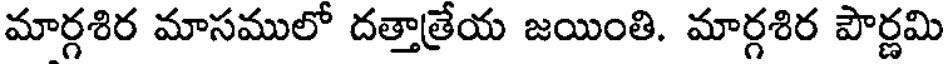
మార్గశిర మాసములో దత్తాత్రేయ జయింతి. మార్గశిర పౌర్ణమి